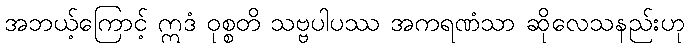
အဘယ့်ကြောင့် ဣဒံ ဝုစ္စတိ သဗ္ဗပါပဿ အကရဏံသာ ဆိုလေသနည်းဟု